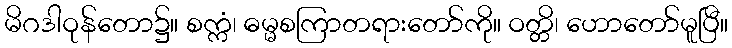
မိဂဒါဝုန်တော၌။ စက္ကံ၊ ဓမ္မစကြာတရားတော်ကို။ ဝတ္တိ၊ ဟောတော်မူပြီ။